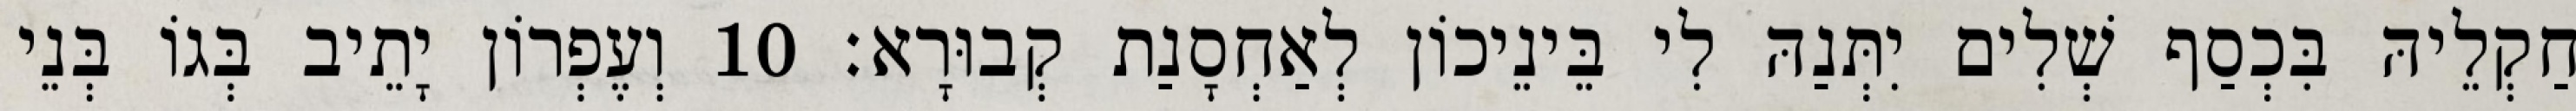
חַקְלֵיהּ בִּכְסַף שְׁלִים יִתְּנַהּ לִי בֵּינֵיכוֹן לְאַחְסָנַת קְבוּרָא׃ 10 וְעֶפְרוֹן יָתֵיב בְּגוֹ בְּנֵי